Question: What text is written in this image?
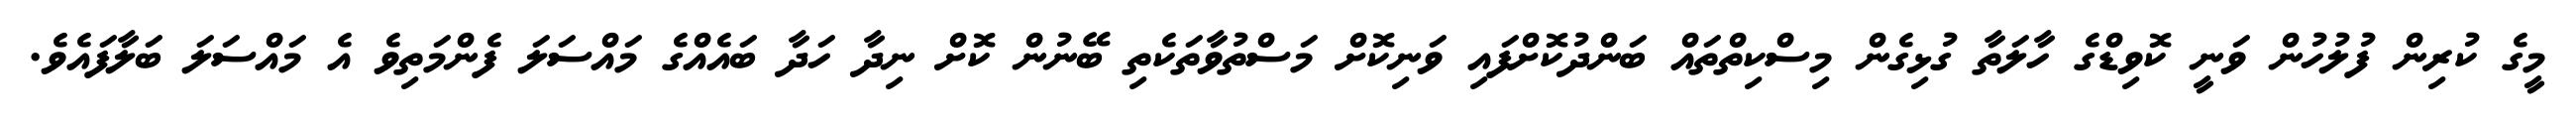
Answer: މީގެ ކުރިން ފުލުހުން ވަނީ ކޮވިޑްގެ ހާލަތާ ގުޅިގެން މިސްކިތްތައް ބަންދުކޮށްފައި ވަނިކޮށް މަސްތުވާތަކެތި ބޭނުން ކޮށް ނިދާ ހަދާ ބައެއްގެ މައްސަލަ ފެންމަތިވެ އެ މައްސަލަ ބަލާފައެވެ.